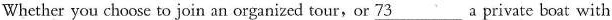
Whether you choose to join an organized tour,or \underline{73} a private boat with